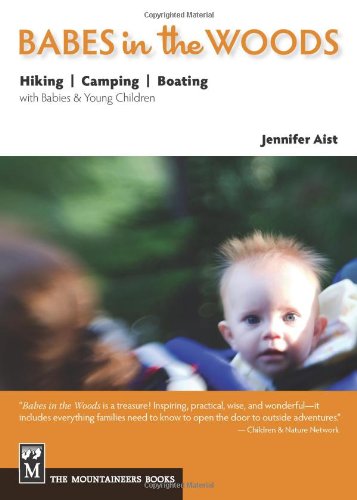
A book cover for Babes in the Woods: Hiking, Camping & Boating with Babies and Young Children; Jennifer Aist; Sports & Outdoors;